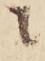
に